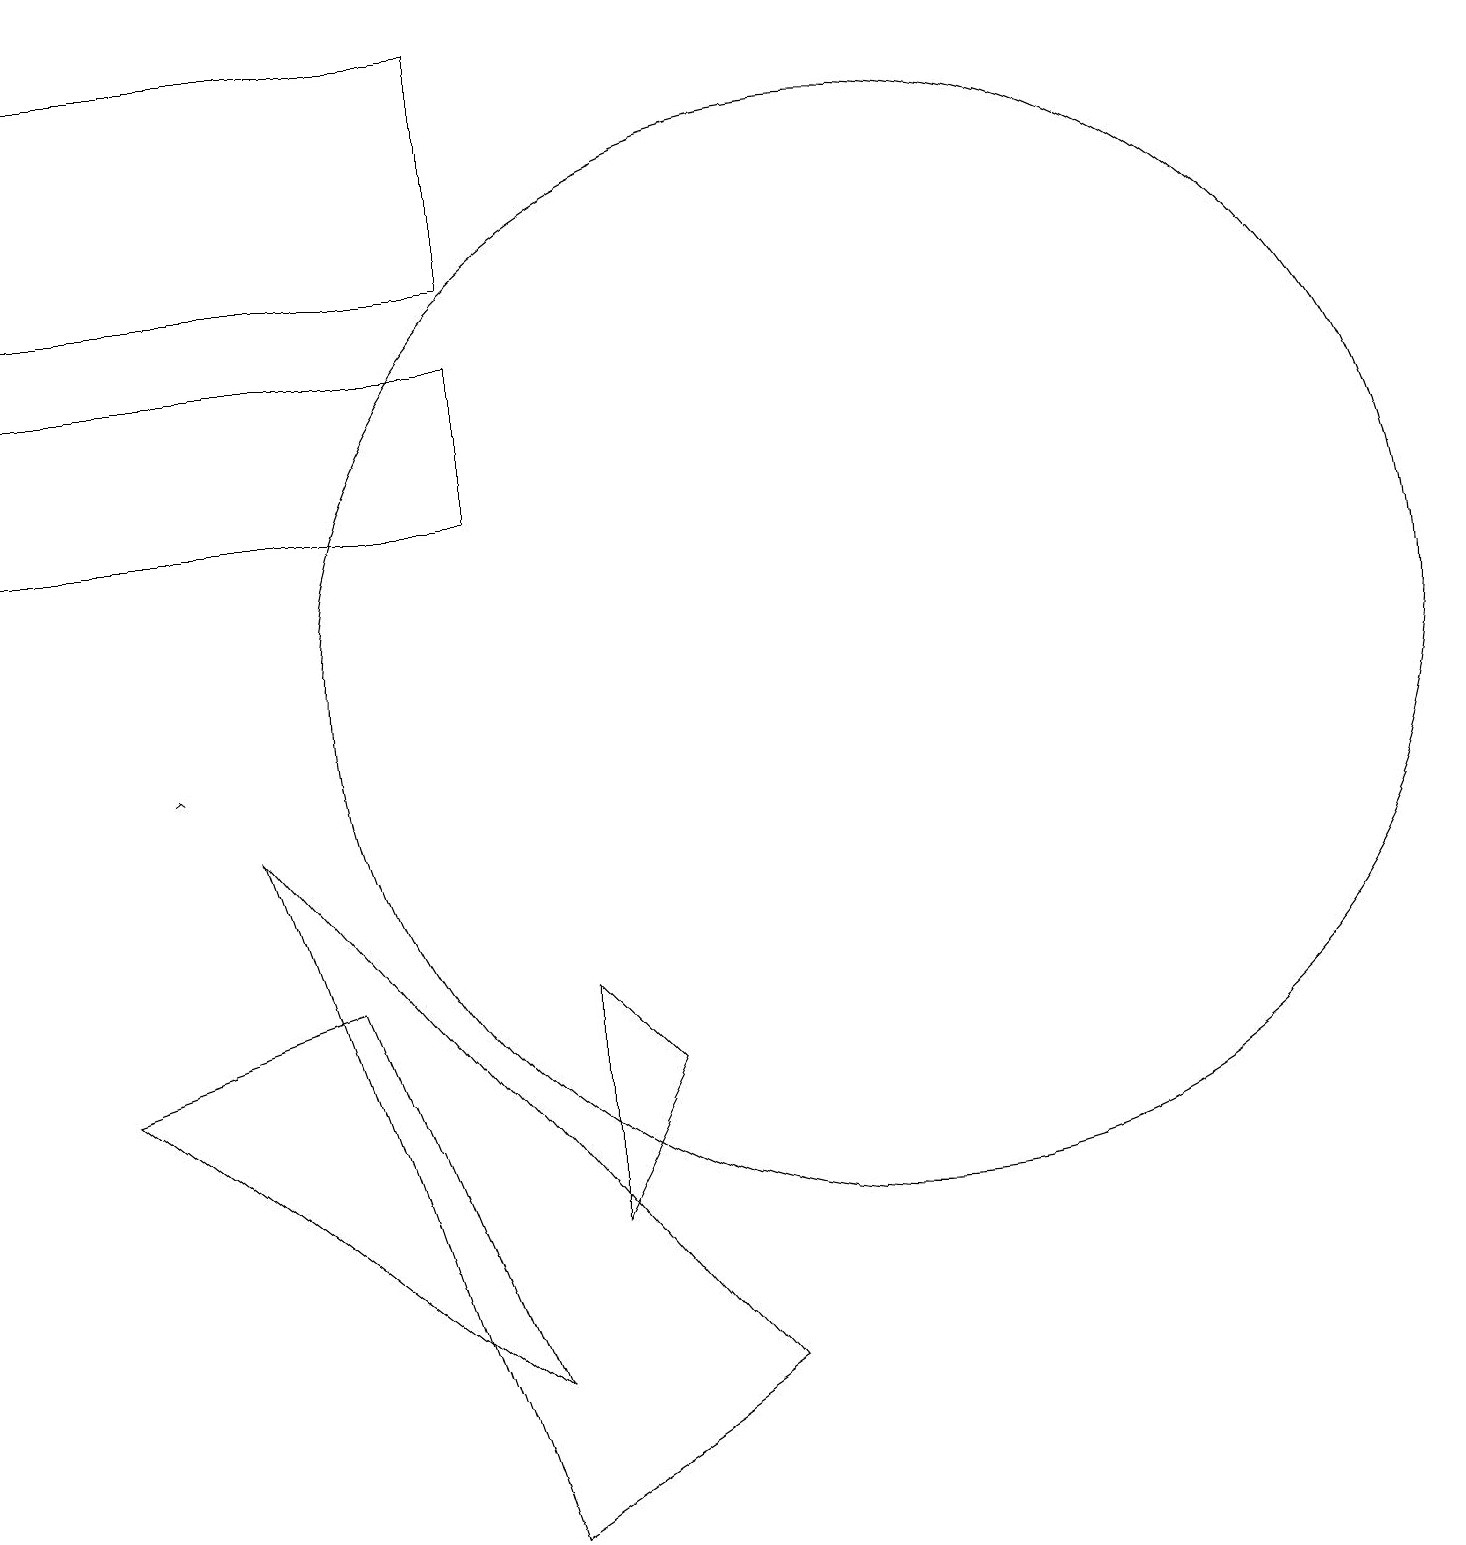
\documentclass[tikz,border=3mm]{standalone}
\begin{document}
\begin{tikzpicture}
\draw (6,19) rectangle (0,16);
\draw (11,11) circle (7);
\draw (0,15) rectangle (6,13);
\draw (1,6) -- (4,7) -- (6,2) -- cycle;
\draw (7,7) -- (8,6) -- (7,4) -- cycle;
\draw (6,0) -- (3,9) -- (9,2) -- cycle;
\draw[->] (2,10) -- (2,10);
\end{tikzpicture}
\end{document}